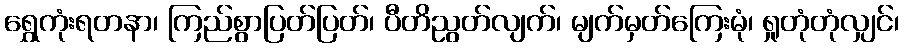
ရွှေကုံးရတနာ၊ ကြည်စွာပြတ်ပြတ်၊ ပီတိညွတ်လျက်၊ မျက်မှတ်ကြေးမုံ၊ ရှုတုံတုံလျှင်၊